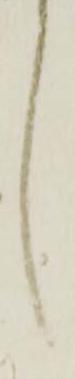
候